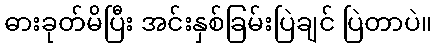
ဓားခုတ်မိပြီး အင်းနှစ်ခြမ်းပြဲချင် ပြဲတာပဲ။